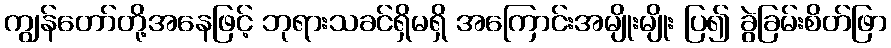
ကျွန်တော်တို့အနေဖြင့် ဘုရားသခင်ရှိမရှိ အကြောင်းအမျိုးမျိုး ပြ၍ ခွဲခြမ်းစိတ်ဖြာ